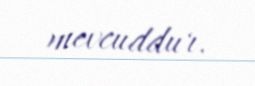
mevcuddur.